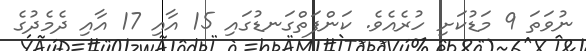
ނުވަތަ 9 މަޑުކަށި ހުރެއެވެ. ކަންފަތްގަނޑުގައި 15 އާއި 17 އާއި ދެމެދުގެ